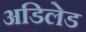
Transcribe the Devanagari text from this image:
अडिलेड